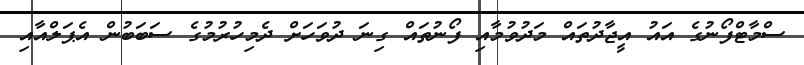
ސްމާޓްފޯނުގެ އައު އީޖާދުތައް މަދުވުމާއި ފޯނުތައް ގިނަ ދުވަހަށް ދެމިހުރުމުގެ ސަބަބުން އެޕަލްއާއި